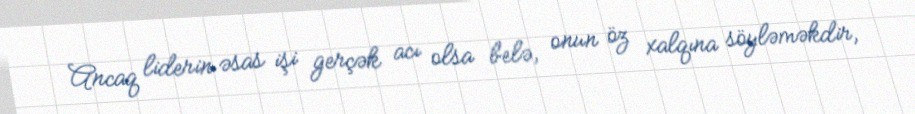
Ancaq liderin əsas işi gerçək acı olsa belə, onun öz xalqına söyləməkdir,